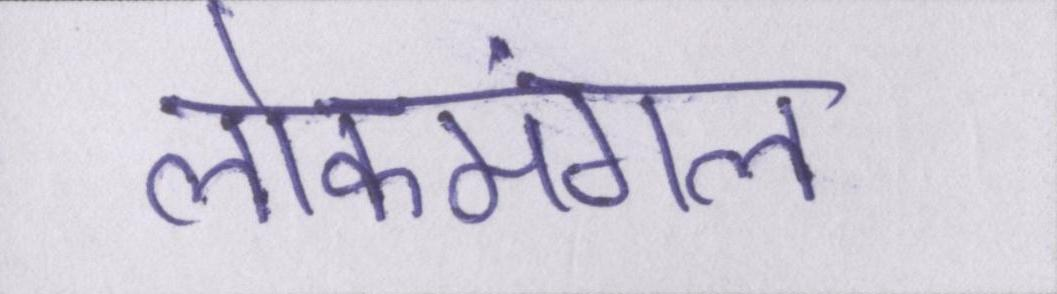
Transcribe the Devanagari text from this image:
लोकमंगल